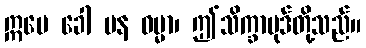
ဣမေ ခေါ ပန ဓမ္မာ၊ ဤသိက္ခာပုဒ်တို့သည်။